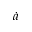
\dot { a }